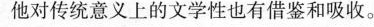
他对传统意义上的文学性也有借鉴和吸收。